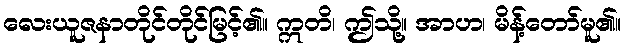
လေးယူဇနာတိုင်တိုင်မြင့်၏။ ဣတိ၊ ဤသို့။ အာဟ၊ မိန့်တော်မူ၏။